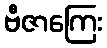
ဗီဇာကြေး